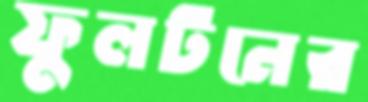
ফুলটনের